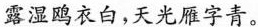
露湿鸥衣白，天光雁字青。